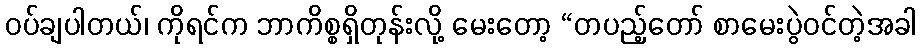
ဝပ်ချပါတယ်၊ ကိုရင်က ဘာကိစ္စရှိတုန်းလို့ မေးတော့ “တပည့်တော် စာမေးပွဲဝင်တဲ့အခါ